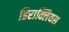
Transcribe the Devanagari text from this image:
हिराक्लियस